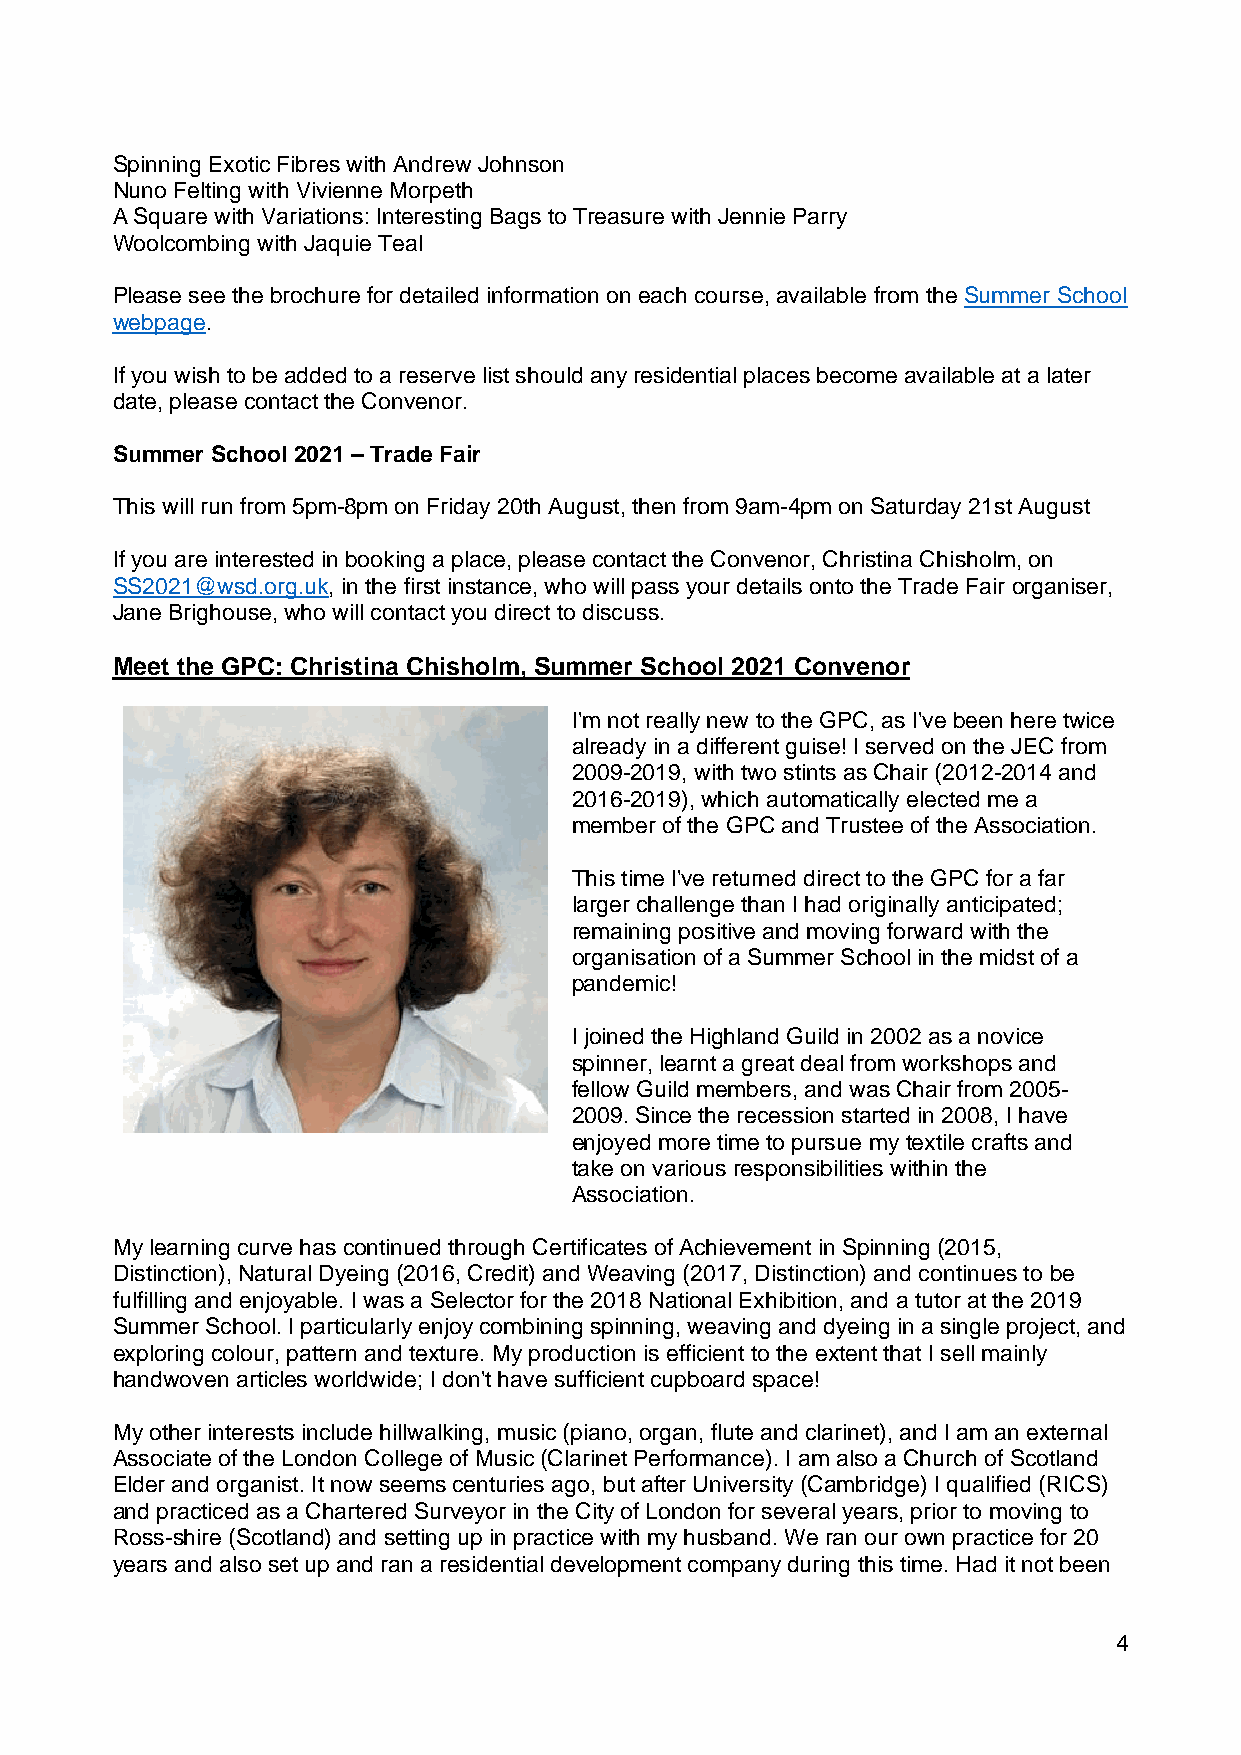
Spinning Exotic Fibres with Andrew Johnson
 Nuno Felting with Vivienne Morpeth
 A Square with Variations: Interesting Bags to Treasure with Jennie Parry
 Woolcombing with Jaquie Teal
 Please see the brochure for detailed information on each course, available from the Summer School
 webpage.
 If you wish to be added to a reserve list should any residential places become available at a later
 date, please contact the Convenor.
 Summer School 2021 – Trade Fair
 This will run from 5pm-8pm on Friday 20th August, then from 9am-4pm on Saturday 21st August
 If you are interested in booking a place, please contact the Convenor, Christina Chisholm, on
 SS2021@wsd.org.uk, in the first instance, who will pass your details onto the Trade Fair organiser,
 Jane Brighouse, who will contact you direct to discuss.
 Meet the GPC: Christina Chisholm, Summer School 2021 Convenor
 I'm not really new to the GPC, as I've been here twice
 already in a different guise! I served on the JEC from
 2009-2019, with two stints as Chair (2012-2014 and
 2016-2019), which automatically elected me a
 member of the GPC and Trustee of the Association.
 This time I've returned direct to the GPC for a far
 larger challenge than I had originally anticipated;
 remaining positive and moving forward with the
 organisation of a Summer School in the midst of a
 pandemic!
 I joined the Highland Guild in 2002 as a novice
 spinner, learnt a great deal from workshops and
 fellow Guild members, and was Chair from 2005-
 2009. Since the recession started in 2008, I have
 enjoyed more time to pursue my textile crafts and
 take on various responsibilities within the
 Association.
 My learning curve has continued through Certificates of Achievement in Spinning (2015,
 Distinction), Natural Dyeing (2016, Credit) and Weaving (2017, Distinction) and continues to be
 fulfilling and enjoyable. I was a Selector for the 2018 National Exhibition, and a tutor at the 2019
 Summer School. I particularly enjoy combining spinning, weaving and dyeing in a single project, and
 exploring colour, pattern and texture. My production is efficient to the extent that I sell mainly
 handwoven articles worldwide; I don't have sufficient cupboard space!
 My other interests include hillwalking, music (piano, organ, flute and clarinet), and I am an external
 Associate of the London College of Music (Clarinet Performance). I am also a Church of Scotland
 Elder and organist. It now seems centuries ago, but after University (Cambridge) I qualified (RICS)
 and practiced as a Chartered Surveyor in the City of London for several years, prior to moving to
 Ross-shire (Scotland) and setting up in practice with my husband. We ran our own practice for 20
 years and also set up and ran a residential development company during this time. Had it not been
 4